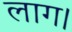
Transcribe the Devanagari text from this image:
लाग।